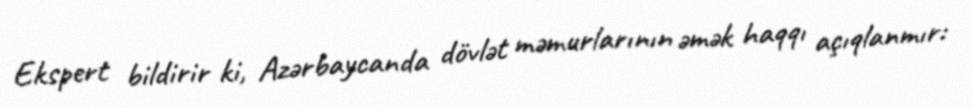
Ekspert bildirir ki, Azərbaycanda dövlət məmurlarının əmək haqqı açıqlanmır: